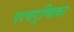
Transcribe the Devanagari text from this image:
पश्चगुच्छिका